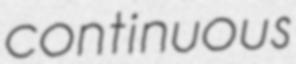
continuous